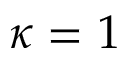
\kappa = 1